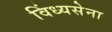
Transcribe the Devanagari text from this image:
विंध्यसेना